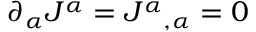
\partial _ { \alpha } J ^ { \alpha } = J ^ { \alpha } { } _ { , \alpha } = 0